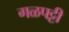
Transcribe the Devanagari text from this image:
गळपट्टी